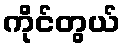
ကိုင်တွယ်